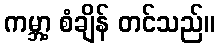
ကမ္ဘာ့ စံချိန် တင်သည်။